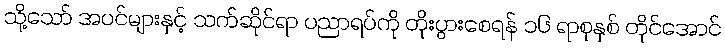
သို့သော် အပင်များနှင့် သက်ဆိုင်ရာ ပညာရပ်ကို တိုးပွားစေရန် ၁၆ ရာစုနှစ် တိုင်အောင်